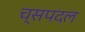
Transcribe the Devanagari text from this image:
च्सपदल